Insane asylums in Bengal annual reports 1876-1887 - 1876-1887
Year: 1876
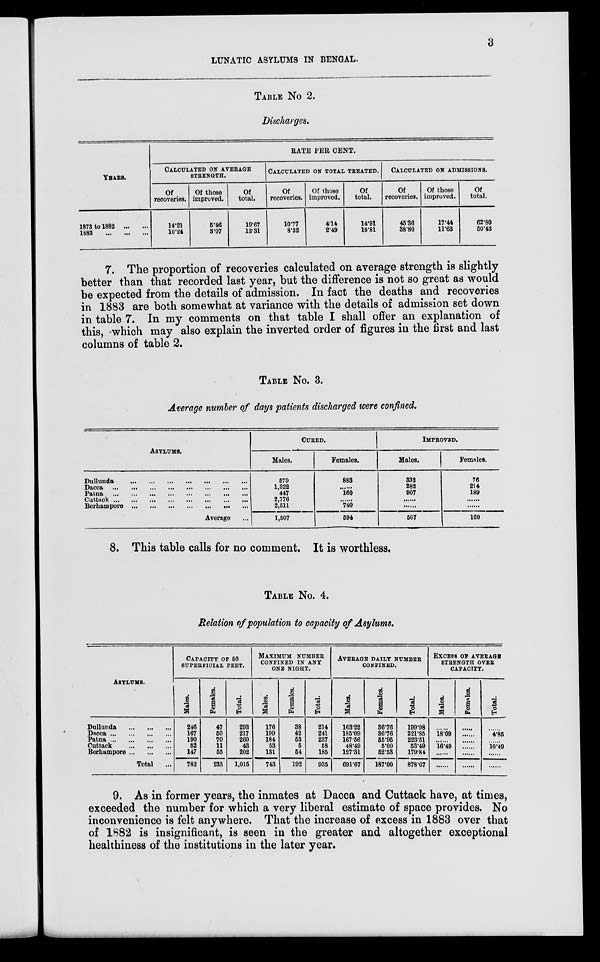
3
LUNATIC ASYLUMS IN BENGAL.
TABLE No 2.
Discharges.
YEARS.
1873 to 1882 ... ...
1883
...
...
...
RATE PER CENT.
CALCULATED ON AVERAGE
STRENGTH.
Of
recoveries.
14.21
10.24
Of those
improved.
5.46
3.07
Of
total.
19.67
13.31
CALCULATED ON TOTAL TREATED.
Of
recoveries.
10.77
8.32
Of those
improved.
4.14
2.49
Of
total.
14.91
10.81
CALCULATED ON ADMISSIONS.
Of
recoveries.
45.36
38.80
Of those
improved.
17.44
11.63
Of
total.
62.80
50.43
7. The proportion of recoveries calculated on average strength is slightly
better than that recorded last year, but the difference is not so great as would
be expected from the details of admission. In fact the deaths and recoveries
in 1883 are both somewhat at variance with the details of admission set down
in table 7. In my comments on that table I shall offer an explanation of
this, which may also explain the inverted order of figures in the first and last
columns of table 2.
TABLE No. 3.
Average number of days patients discharged were confined.
ASYLUMS.
Dullunda
...
...
...
...
...
...
...
Dacca
...
...
...
...
...
...
...
Patna
...
...
...
...
...
...
...
Cuttack
...
...
...
...
...
...
...
Berhampore
...
...
...
...
...
...
...
Average ...
CURED.
Males.
579
1,322
447
2,776
2,511
1,507
Females.
883
......
160
......
740
594
IMPROVED.
Males.
332
282
907
......
......
507
Females.
76
214
189
......
......
160
8. This table calls for no comment. It is worthless.
TABLE No. 4.
Relation of population to capacity of Asylums.
ASYLUMS.
Dullunda
... ... ...
Dacca
...
...
...
Patna
...
...
...
Cuttack ... ... ...
Berhampore ... ... ...
Total ...
CAPACITY OF 50
SUPERFICIAL FEET.
Males.
246
167
190
32
147
782
Females.
47
50
70
11
55
233
Total.
293
217
260
43
202
1,015
MAXIMIM NUMBER
CONFINED IN ANY
ONE NIGHT.
Males.
176
199
184
53
131
743
Females.
38
42
53
5
54
192
Total.
214
241
237
58
185
935
AVERAGE DAILY NUMBER
CONFINED.
Males.
163.22
185.09
167.56
48.49
127.31
691.67
Females.
36.76
36.76
55.95
5.00
52.53
187.00
Total.
199.98
221.85
223.51
53.49
179.84
878.67
EXCESS OF AVERAGE
STRENGTH OVER
CAPACITY.
Males.
......
18.09
......
16.49
......
......
Females.
......
......
......
......
......
......
Total.
......
4.85
......
10.49
......
......
9. As in former years, the inmates at Dacca and Cuttack have, at times,
exceeded the number for which a very liberal estimate of space provides. No
inconvenience is felt anywhere. That the increase of excess in 1883 over that
of 1882 is insignificant, is seen in the greater and altogether exceptional
healthiness of the institutions in the later year.